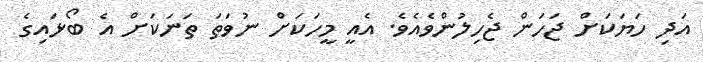
އަދި ހަޔަކަށް ޖަހަން ޖެހިލުންވެއެވެ. އެއީ މީހަކަށް ނުވަތަ ތަނަކަށް އެ ބޯޅައިގެ